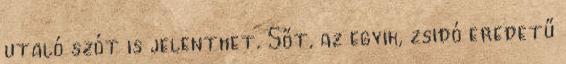
utaló szót is jelenthet. Sőt, az egyik, zsidó eredetű